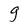
Character: g